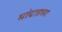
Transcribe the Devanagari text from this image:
मांदाडच्या